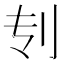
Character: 𰄞